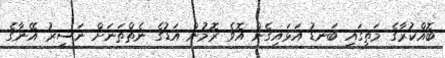
ބޮއްކުރާގެ މަތީގައި ބަނޑު އަޅައިގެން އޮވެ ރޮމުން އަޑުގެ ނެތްތަނަށް ނަސީރު އޭނާގެ